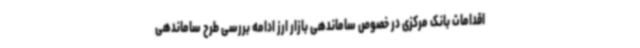
اقدامات بانک مرکزی در خصوص ساماندهی بازار ارز ادامه بررسی طرح ساماندهی